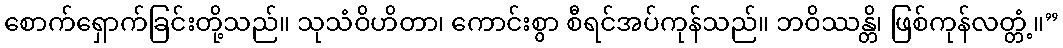
စောက်ရှောက်ခြင်းတို့သည်။ သုသံဝိဟိတာ၊ ကောင်းစွာ စီရင်အပ်ကုန်သည်။ ဘဝိဿန္တိ၊ ဖြစ်ကုန်လတ္တံ့။”